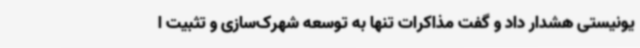
یونیستی هشدار داد و گفت مذاکرات تنها به توسعه شهرک‌سازی و تثبیت ا